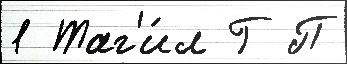
1 Таг'и́л Г П